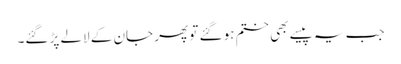
جب یہ پیسے بھی ختم ہو گئے تو پھر جان کے لالے پڑ گئے۔